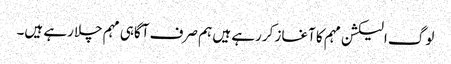
لوگ الیکشن مہم کا آغاز کررہے ہیں ہم صرف آگاہی مہم چلارہے ہیں۔